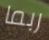
ربما